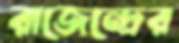
রাজেন্দ্রের